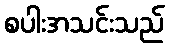
စပါးအသင်းသည်